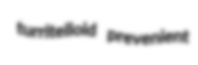
turritelloid prevenient